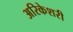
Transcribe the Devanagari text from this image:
अरिकेशरी